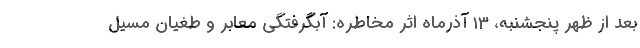
بعد از ظهر پنجشنبه، ۱۳ آذرماه اثر مخاطره: آبگرفتگی معابر و طغیان مسیل